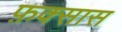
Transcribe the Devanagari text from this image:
फ़क्सास